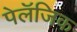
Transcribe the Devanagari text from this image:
पेलॅजिक